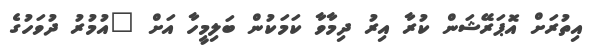
އިތުރަަށް އޮޕަރޭޝަން ކުރާ އިރު ދިމާވާ ކަމަކުން ބަލިމީހާ އަށް "އުމުރު ދުވަހުގެ